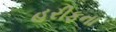
હરીફના